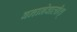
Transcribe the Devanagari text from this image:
बनानेवालीश्